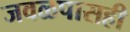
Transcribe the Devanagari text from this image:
जवळपासही